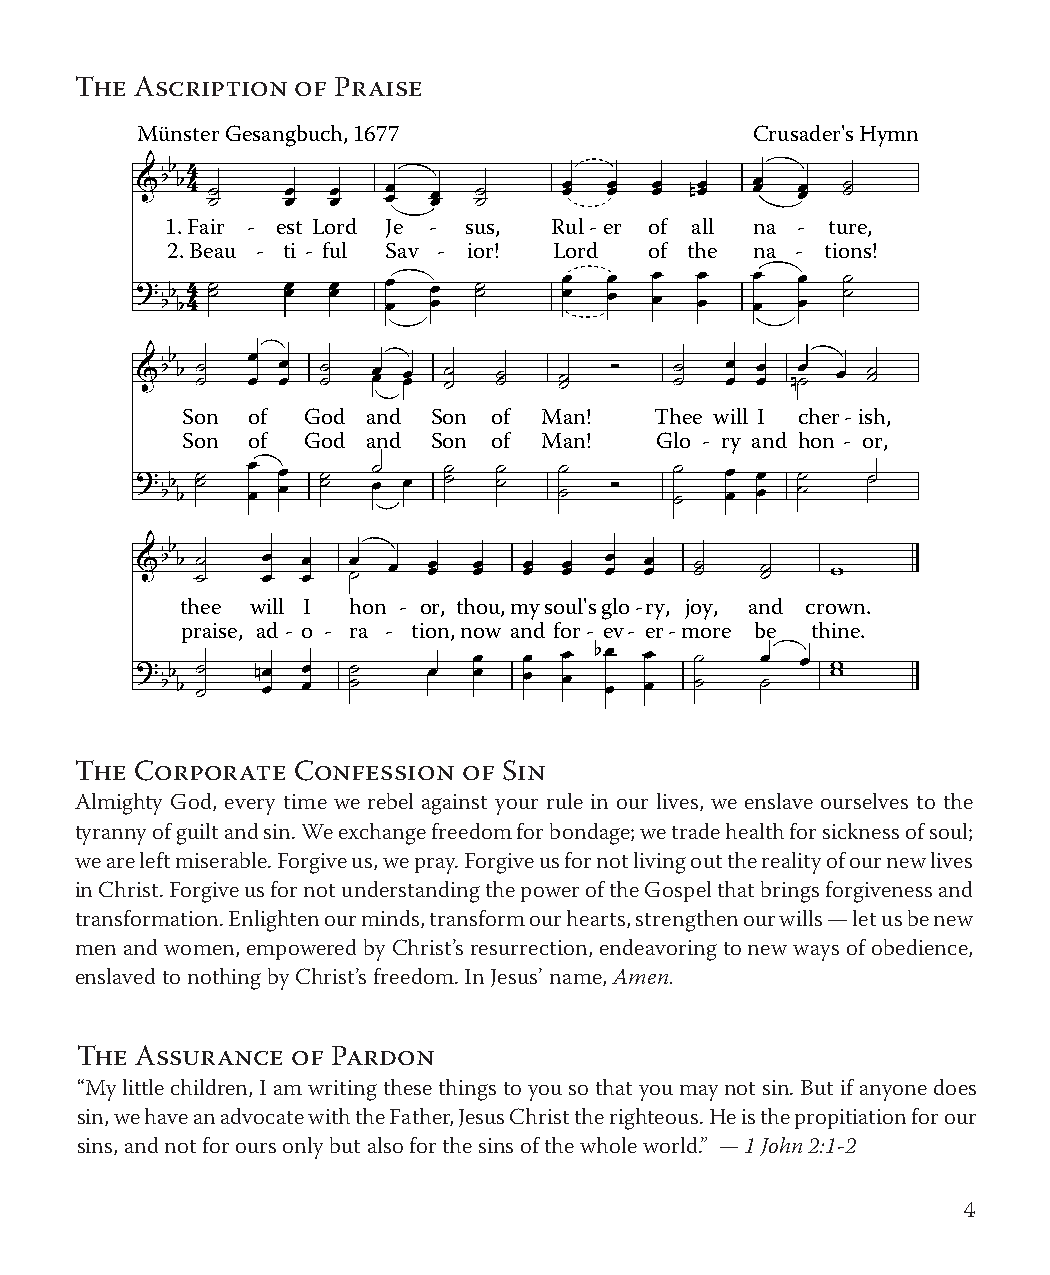
The Ascription of Praise
 Münster Gesangbuch, 1677                 Crusader's Hymn
 1. Fair - est Lord Je - sus, Rul-er of all na - ture,
 2. Beau - ti - ful Sav - ior! Lord of the na - tions!
 Son of  God and  Son of Man!   Thee will I cher-ish,
 Son of  God and  Son of Man!   Glo - ry and hon - or,
 thee will I hon - or, thou,mysoul'sglo-ry, joy, and crown.
 praise, ad - o - ra - tion,now and for- ev- er-more be thine.
 The Corporate Confession  of Sin
 Almighty God, every time we rebel against your rule in our lives, we enslave ourselves to the
 tyranny of guilt and sin. We exchange freedom for bondage; we trade health for sickness of soul;
 we are left miserable. Forgive us, we pray. Forgive us for not living out the reality of our new lives
 in Christ. Forgive us for not understanding the power of the Gospel that brings forgiveness and
 transformation. Enlighten our minds, transform our hearts, strengthen our wills — let us be new
 men and women, empowered by Christ’s resurrection, endeavoring to new ways of obedience,
 enslaved to nothing by Christ’s freedom. In Jesus’ name, Amen.
 The Assurance of Pardon
 “My little children, I am writing these things to you so that you may not sin. But if anyone does
 sin, we have an advocate with the Father, Jesus Christ the righteous. He is the propitiation for our
 sins, and not for ours only but also for the sins of the whole world.” — 1 John 2:1-2
 4